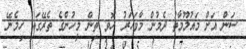
ސަން އަށް މައުލޫމާތު ދެމުން މާވަހަރު ހޮވި ތިން މީހުންގެ ތެރޭގައި ހިމެނޭ